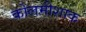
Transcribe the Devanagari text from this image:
कोलमीशाक